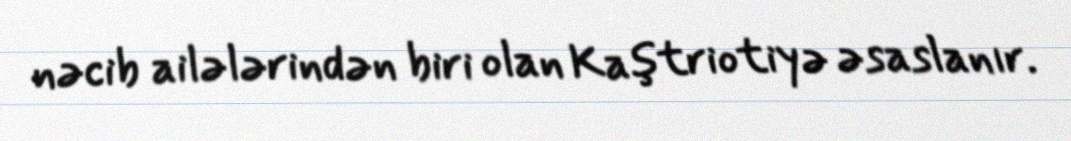
nəcib ailələrindən biri olan Kaştriotiyə əsaslanır.